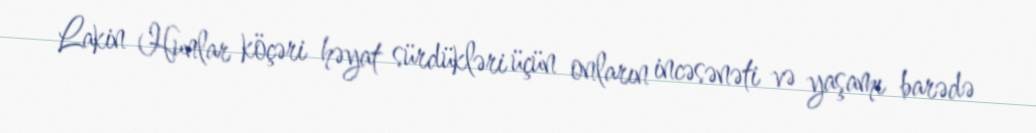
Lakin Hunlar köçəri həyat sürdükləri üçün onların incəsənəti və yaşamı barədə